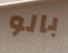
بالو